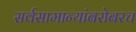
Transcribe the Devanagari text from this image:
सर्वसामान्यांबरोबरच